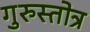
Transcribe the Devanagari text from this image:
गुरुस्तोत्र